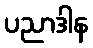
ပညာဒါန